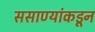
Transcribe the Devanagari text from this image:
ससाण्यांकडून